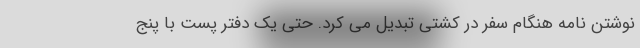
نوشتن نامه هنگام سفر در کشتی تبدیل می کرد. حتی یک دفتر پست با پنج